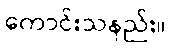
ကောင်းသနည်း။